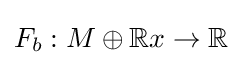
F_{b}:M\oplus \mathbb {R} x\to \mathbb {R}